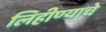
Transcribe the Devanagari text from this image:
लिहीण्याचे